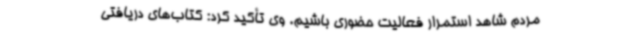
مردم شاهد استمرار فعالیت حضوری باشیم. وی تأکید کرد: کتاب‌های دریافتی